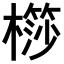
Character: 𣜤